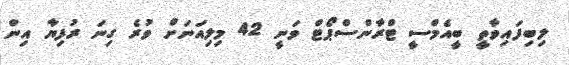
ލިބިފައިވާތީ ބީއެމްސީ ޓްރާންސްޕޯޓް ވަނީ 42 މިލިއަނަށް ވުރެ ގިނަ ރުފިޔާ އިން